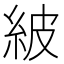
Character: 紴